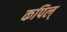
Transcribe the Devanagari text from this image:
कपिल्